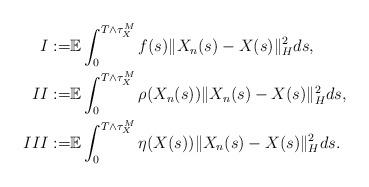
LaTeX: \begin{align*}I := & \mathbb{E} \int_0^{T\wedge\tau_{X}^M} f(s) \Vert X_n(s) - X(s) \Vert_H^2 ds ,\\II := & \mathbb{E} \int_0^{T\wedge\tau_{X}^M} \rho(X_n(s)) \Vert X_n(s) - X(s) \Vert_H^2 ds ,\\III := & \mathbb{E} \int_0^{T\wedge\tau_{X}^M} \eta(X(s)) \Vert X_n(s) - X(s) \Vert_H^2 ds .\end{align*}